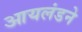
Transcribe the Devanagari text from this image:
आयलंडने